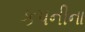
કપનીના